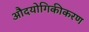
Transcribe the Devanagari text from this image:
औदयोगिकीकरण